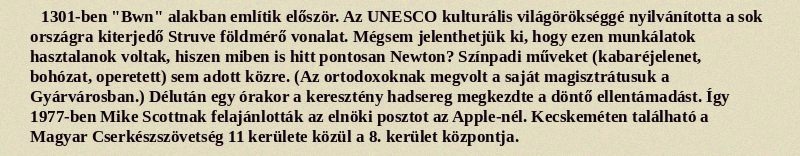
1301-ben "Bwn" alakban említik először. Az UNESCO kulturális világörökséggé nyilvánította a sok országra kiterjedő Struve földmérő vonalat. Mégsem jelenthetjük ki, hogy ezen munkálatok hasztalanok voltak, hiszen miben is hitt pontosan Newton? Színpadi műveket (kabaréjelenet, bohózat, operetett) sem adott közre. (Az ortodoxoknak megvolt a saját magisztrátusuk a Gyárvárosban.) Délután egy órakor a keresztény hadsereg megkezdte a döntő ellentámadást. Így 1977-ben Mike Scottnak felajánlották az elnöki posztot az Apple-nél. Kecskeméten található a Magyar Cserkészszövetség 11 kerülete közül a 8. kerület központja.